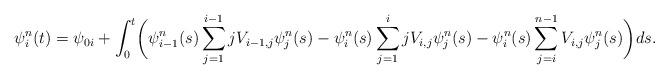
LaTeX: \begin{align*}\psi_i^n(t) = \psi_{0 i} + \int_0^t\biggl(\psi_{i-1}^n(s)\sum_{j=1}^{i-1}jV_{i-1,j}\psi_j^n(s) - \psi_i^n(s)\sum_{j=1}^{i} jV_{i,j}\psi_j^n(s) -\psi_i^n(s)\sum_{j=i}^{n-1}V_{i,j}\psi_j^n(s)\biggr)ds.\end{align*}